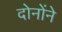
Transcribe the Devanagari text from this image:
दोनोंने